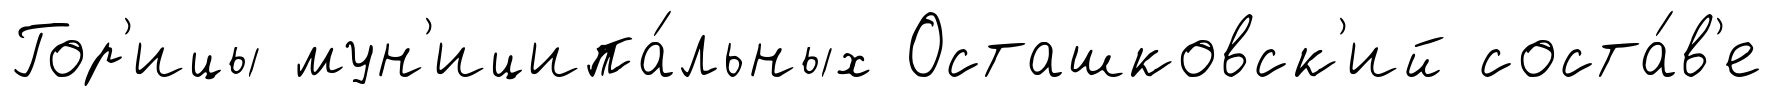
Гор'ицы мун'иципа́льных Осташковск'ий соста́в'е